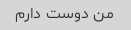
من دوست دارم